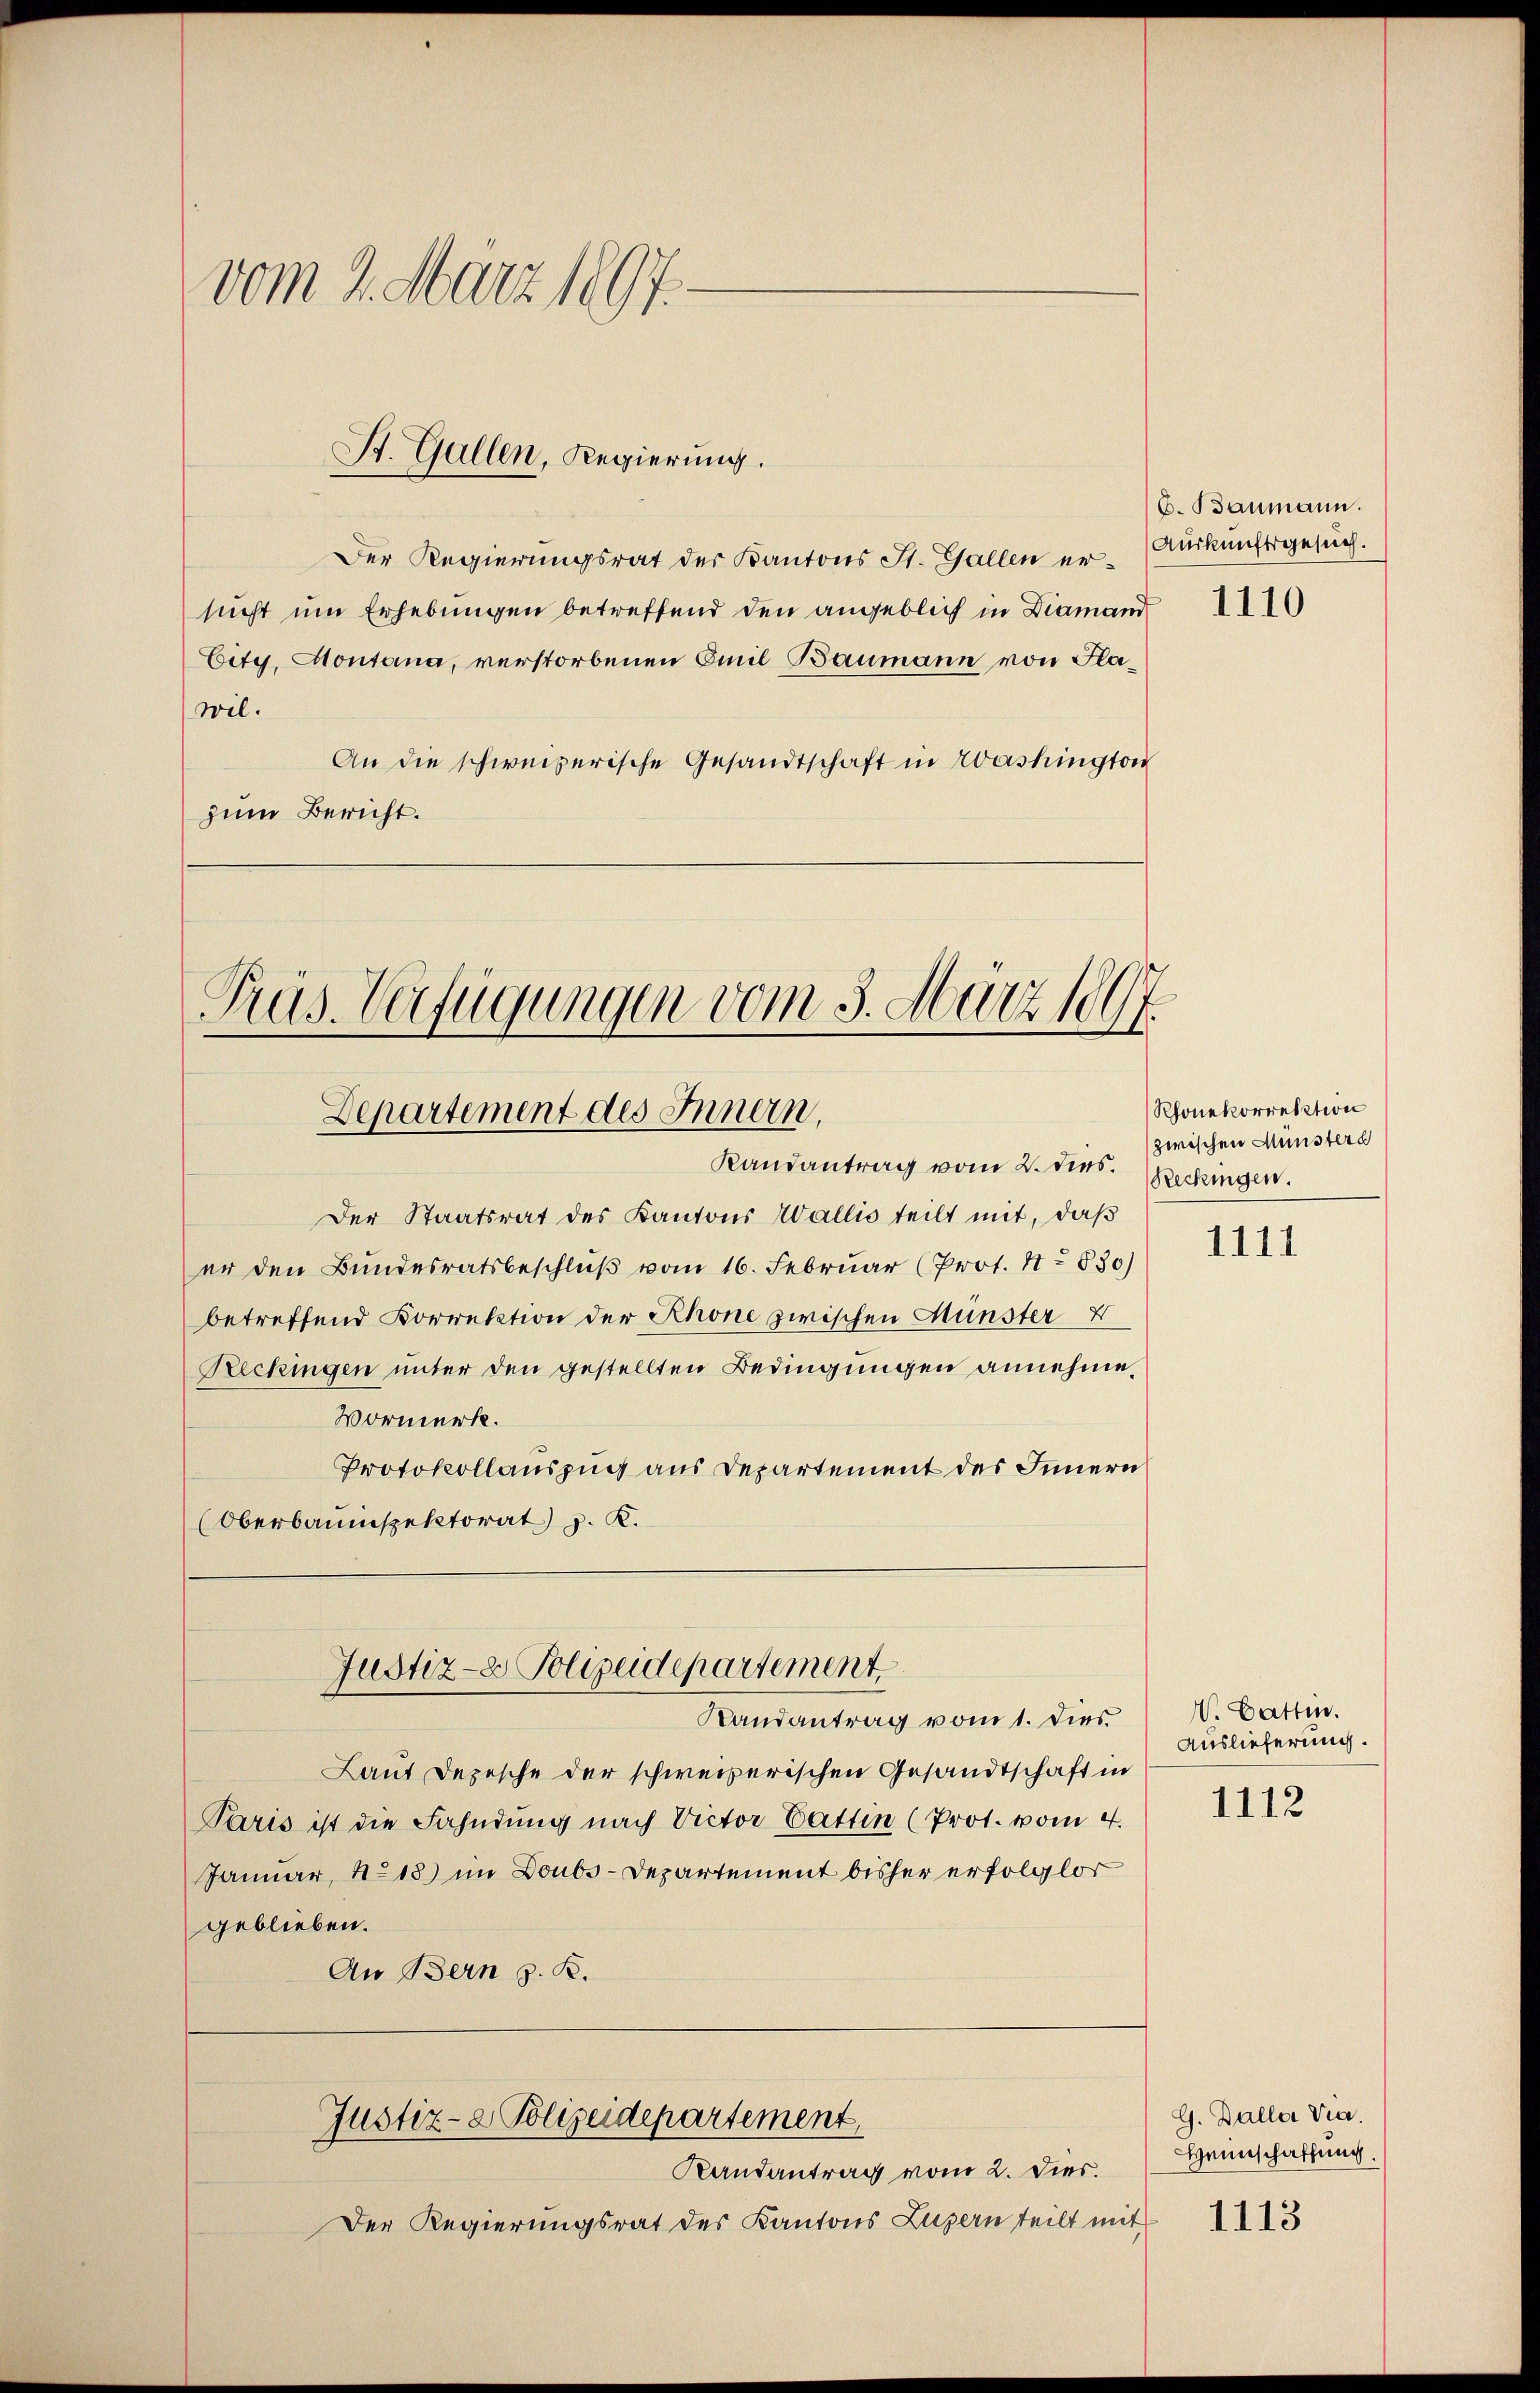
vom 4. März 1897.

St. Gallen, Regierung.

Der Regierungsrat der Kantons St. Gallen er- Auskunftsgesuch.
sucht um Erhebungen betreffend den angeblich in Diamand
City, Montana, verstorbenen Emil Baumann von Flawil.
An die schweizerische Gesandtschaft in Avashington
zum Bericht.

Präs. Verfügungen vom 3. März 1897.
Departement des Innern,
Randantrag vom 2. dies.

Justiz- & Polizeidepartement
Randantrag vom 1. dies

Der Staatsrat des Kantons Wallis teilt mit, daß
er den Bundesratsbeschlŭβ vom 16. Februar (Prot. No 830)
betreffend Korrektion der Rhone zwischen Münster
Reckingen unter den gestellten Bedingungen annehme,
Vormerk.
Protokollauszug aus Departement des Innern
Oberbauinspektorat J. K.

Laut Depesche der schweizerischen Gesandtschaft in
Paris ist die Fahndung nach Victor Gattin (Prot. vom 4.
Januar, No 18) im Doubs-Departement bisher erfolglor
geblieben.
An Bern z. B.

Justiz- & Polizeidepartement,
Randantrag vom 2. Dies.

Der Regierungsrat des Kantons Luzern teilt mit

b. Baumann.

1110

Rhonekorrektion
zwischen Münsters
Reckingen.

1111

V. Cattin.
Auslieferung.

1112

G. Baller Via.
Hennschaffung.

1113